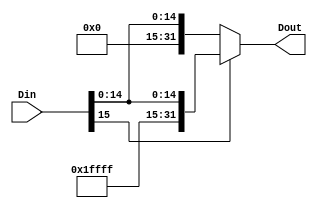
`timescale 1ns / 1ns

module SIGN_EXTEND(
	input [15:0]Din,
	output reg [31:0]Dout
    );

	 always @*
begin
 //escribir en BR
 if (Din[15] == 1)
   Dout = {16'hFFFF,Din};
 else
	Dout = {16'h0000,Din};

end


endmodule